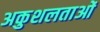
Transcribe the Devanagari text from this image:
अकुशलताओं